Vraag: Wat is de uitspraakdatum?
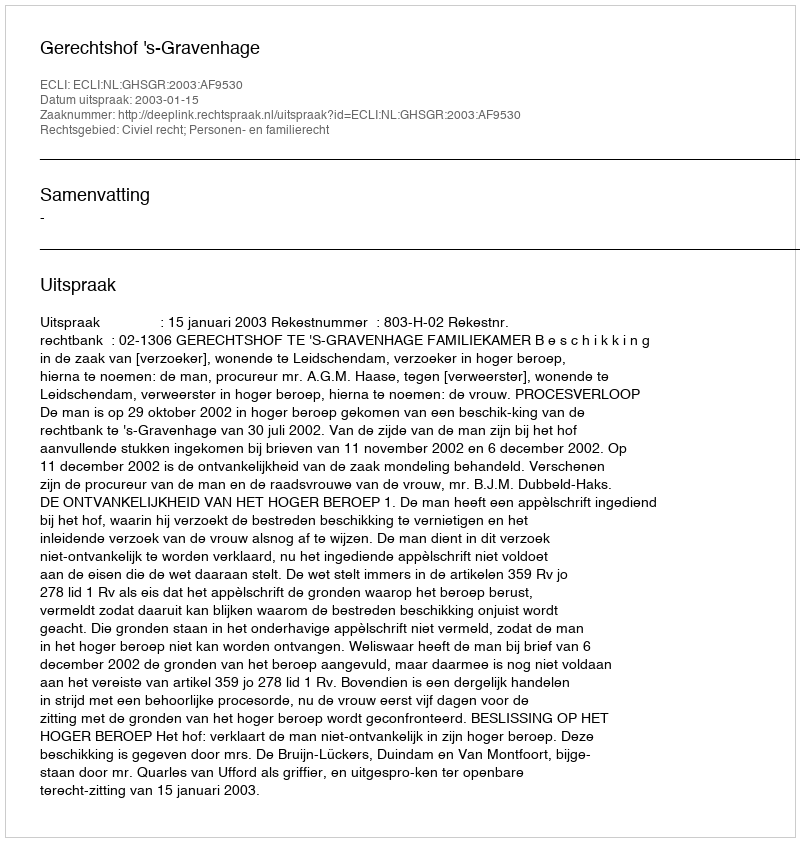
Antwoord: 2003-01-15